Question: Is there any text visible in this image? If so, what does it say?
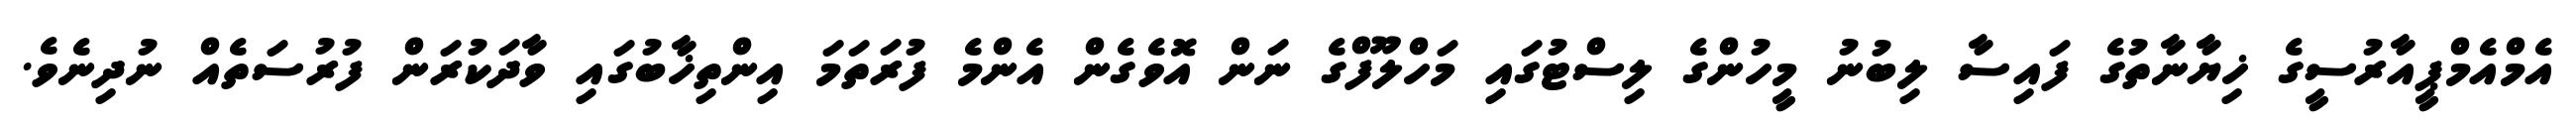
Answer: އެމްއެމްޕީއާރުސީގެ ޚިޔާނާތުގެ ފައިސާ ލިބުނު މީހުންގެ ލިސްޓުގައި މަހްލޫފްގެ ނަން އޮވެގެން އެންމެ ފުރަތަމަ އިންތިޚާބުގައި ވާދަކުރަން ފުރުސަތެއް ނުދިނެވެ.